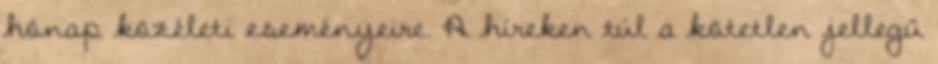
hónap közéleti eseményeire. A híreken túl a kötetlen jellegű